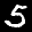
Label: 5